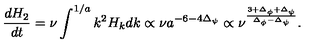
{ \frac { d H _ { 2 } } { d t } } = \nu \int \sp { 1 / a } k \sp 2 H _ { k } d k \propto \nu a \sp { - 6 - 4 \Delta _ { \psi } } \propto \nu \sp { \frac { 3 + \Delta _ { \phi } + \Delta _ { \psi } } { \Delta _ { \phi } - \Delta _ { \psi } } } .